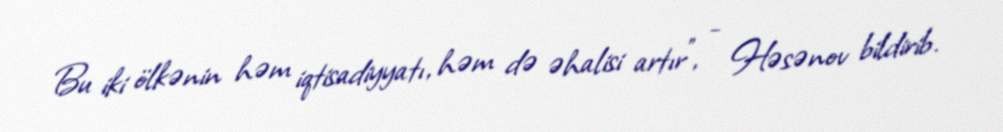
Bu iki ölkənin həm iqtisadiyyatı, həm də əhalisi artır", - Həsənov bildirib.